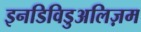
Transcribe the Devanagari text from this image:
इनडिविडुअलिज़म